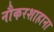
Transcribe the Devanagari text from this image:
नौकरशाहाना